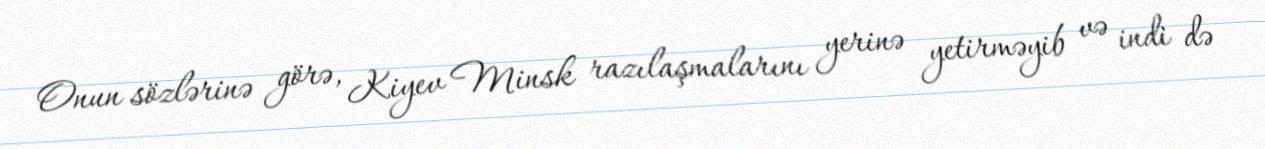
Onun sözlərinə görə, Kiyev Minsk razılaşmalarını yerinə yetirməyib və indi də